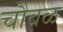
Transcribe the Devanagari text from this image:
चौबळ